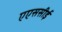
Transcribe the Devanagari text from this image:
एएससीई